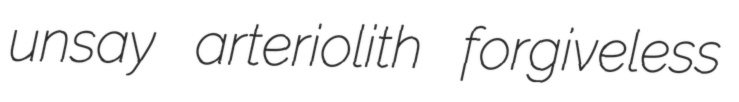
unsay arteriolith forgiveless